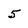
Character: 5